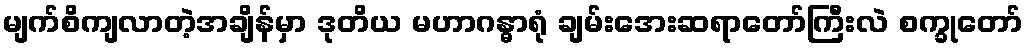
မျက်စိကျလာတဲ့အချိန်မှာ ဒုတိယ မဟာဂန္ဓာရုံ ချမ်းအေးဆရာတော်ကြီးလဲ စက္ခုတော်